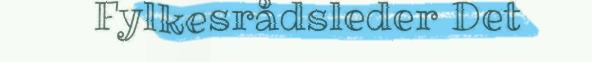
Fylkesrådsleder Det